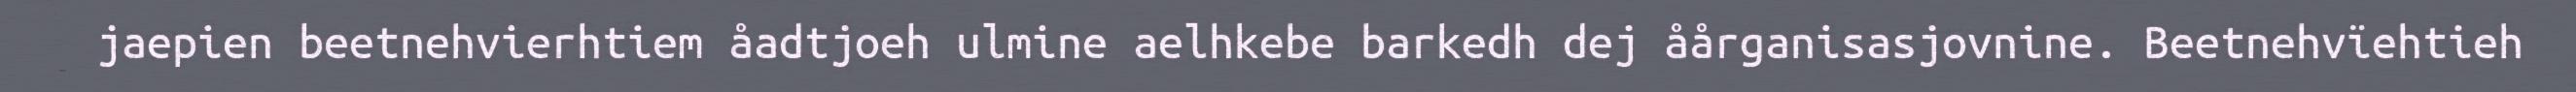
jaepien beetnehvierhtiem åadtjoeh ulmine aelhkebe barkedh dej åårganisasjovnine. Beetnehvïehtieh